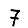
Digit: 7